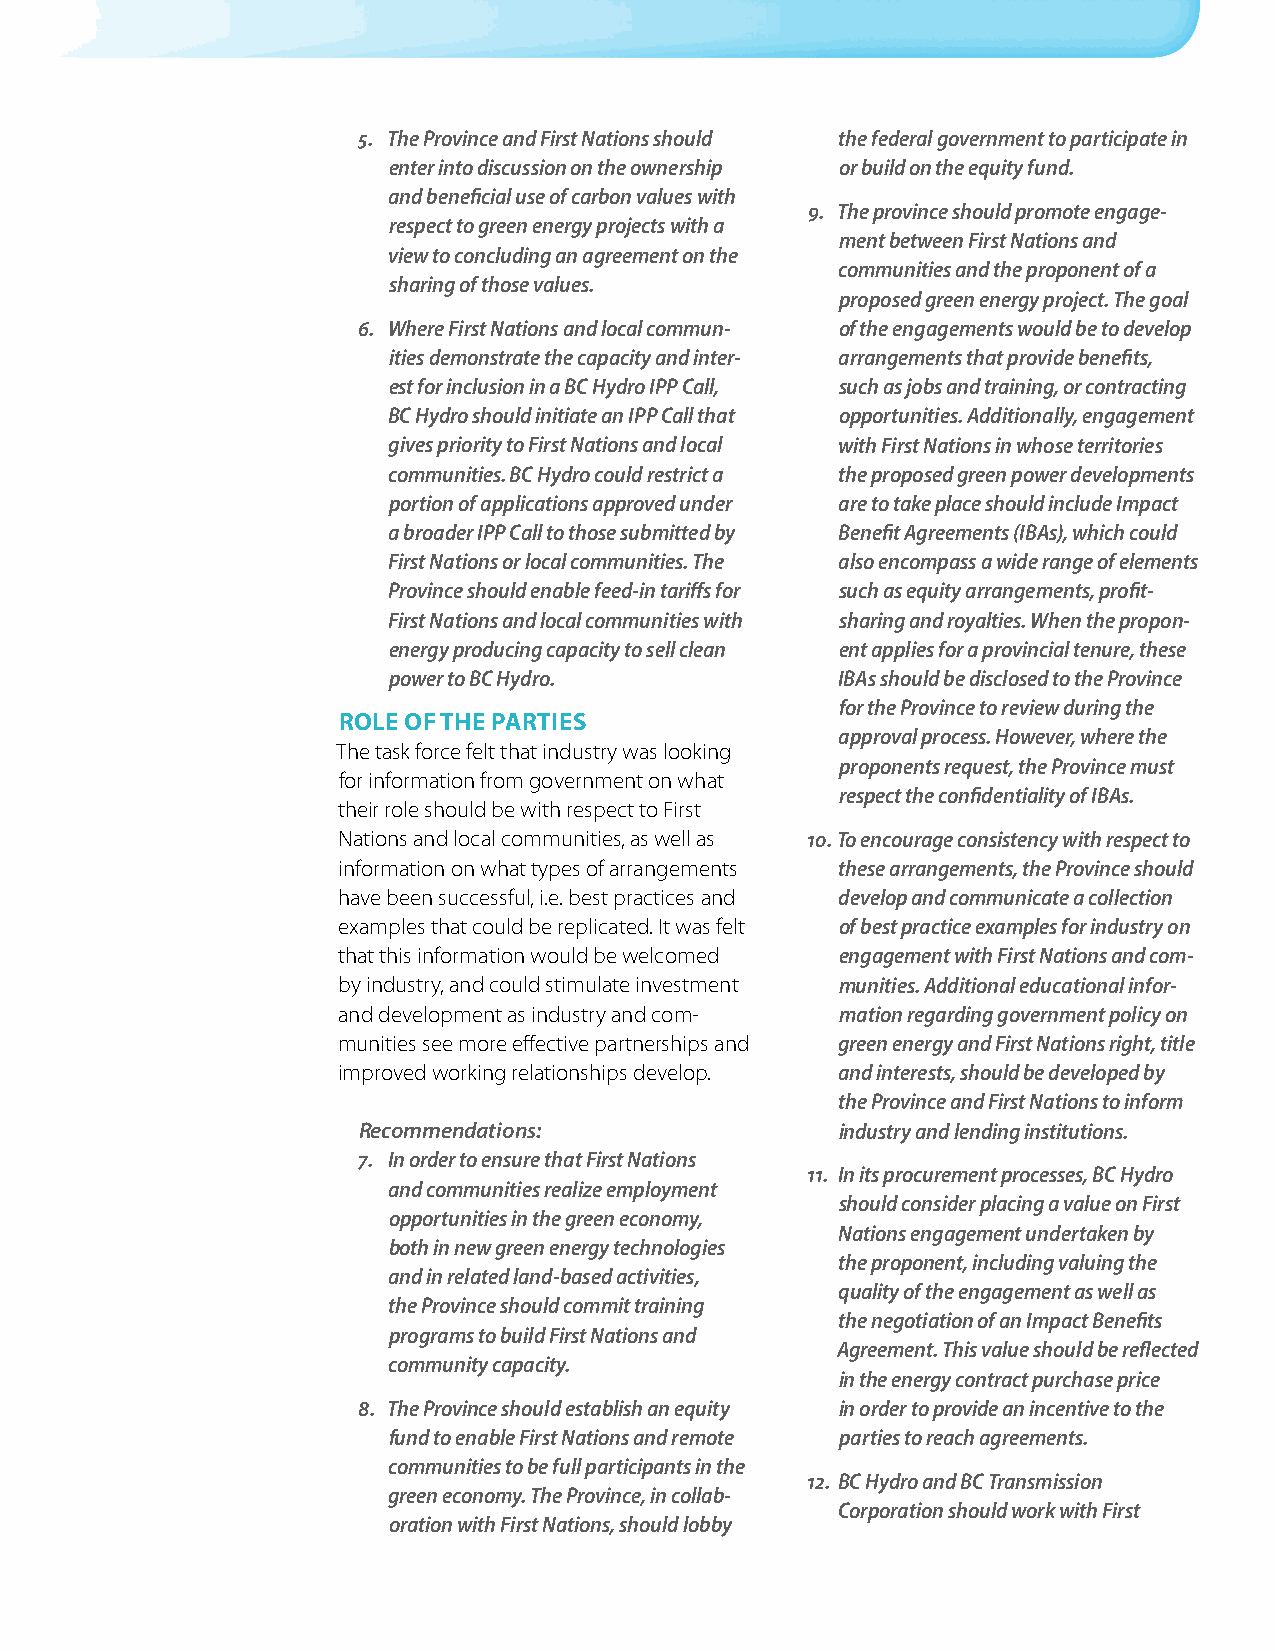
5. The Province and First Nations should the federal government to participate in
 enter into discussion on the ownership or build on the equity fund.
 and beneficial use of carbon values with
 9. The province should promote engage-
 respect to green energy projects with a
 ment between First Nations and
 view to concluding an agreement on the
 communities and the proponent of a
 sharing of those values.
 proposed green energy project. The goal
 6. Where First Nations and local commun- of the engagements would be to develop
 ities demonstrate the capacity and inter- arrangements that provide benefits,
 est for inclusion in a BC Hydro IPP Call, such as jobs and training, or contracting
 BC Hydro should initiate an IPP Call that opportunities. Additionally, engagement
 gives priority to First Nations and local with First Nations in whose territories
 communities. BC Hydro could restrict a the proposed green power developments
 portion of applications approved under are to take place should include Impact
 a broader IPP Call to those submitted by Benefit Agreements (IBAs), which could
 First Nations or local communities. The also encompass a wide range of elements
 Province should enable feed-in tariffs for such as equity arrangements, profit-
 First Nations and local communities with sharing and royalties. When the propon-
 energy producing capacity to sell clean ent applies for a provincial tenure, these
 power to BC Hydro.           IBAs should be disclosed to the Province
 for the Province to review during the
 role of the parties
 approval process. However, where the
 The task force felt that industry was looking
 proponents request, the Province must
 for information from government on what
 respect the confidentiality of IBAs.
 their role should be with respect to First
 Nations and local communities, as well as 10. To encourage consistency with respect to
 information on what types of arrangements these arrangements, the Province should
 have been successful, i.e. best practices and develop and communicate a collection
 examples that could be replicated. It was felt of best practice examples for industry on
 that this information would be welcomed engagement with First Nations and com-
 by industry, and could stimulate investment munities. Additional educational infor-
 and development as industry and com- mation regarding government policy on
 munities see more effective partnerships and green energy and First Nations right, title
 improved working relationships develop. and interests, should be developed by
 the Province and First Nations to inform
 Recommendations:                industry and lending institutions.
 7. In order to ensure that First Nations
 11. In its procurement processes, BC Hydro
 and communities realize employment
 should consider placing a value on First
 opportunities in the green economy,
 Nations engagement undertaken by
 both in new green energy technologies
 the proponent, including valuing the
 and in related land-based activities,
 quality of the engagement as well as
 the Province should commit training
 the negotiation of an Impact Benefits
 programs to build First Nations and
 Agreement. This value should be reflected
 community capacity.
 in the energy contract purchase price
 8. The Province should establish an equity in order to provide an incentive to the
 fund to enable First Nations and remote parties to reach agreements.
 communities to be full participants in the
 12. BC Hydro and BC Transmission
 green economy. The Province, in collab-
 Corporation should work with First
 oration with First Nations, should lobby